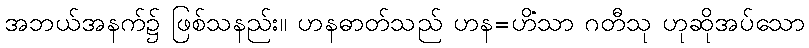
အဘယ်အနက်၌ ဖြစ်သနည်း။ ဟနဓာတ်သည် ဟန=ဟိံသာ ဂတီသု ဟုဆိုအပ်သော